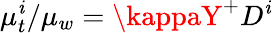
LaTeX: \mu_{t}^{\mathit{i}}/\mu_{w}=\kappaY^{+}D^{\mathit{i}}